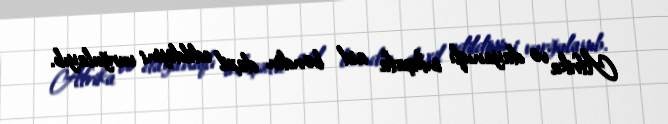
Afrika və dayanıqlı inkişafa aid bəndin daxil edildiyini vurğulayıb.